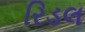
રિડલ